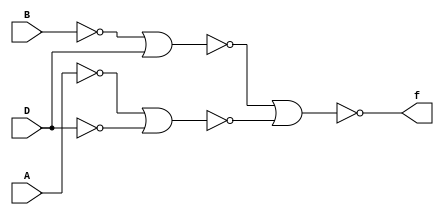
module q1(A, B, D, f);
input A, B, D;
output f;
nor(nA, A, A);
nor(nB, B, B);
nor(nD, D, D);
nor(f1, nB, D);
nor(f2, nA, nD);
nor(f, f1, f2);
endmodule